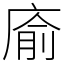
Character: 㢏